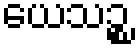
ယေသဉ္စ